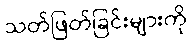
သတ်ဖြတ်ခြင်းများကို